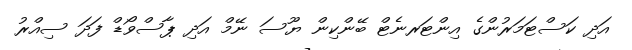
އަދި ކަސްޓަމަރުންގެ އިންޓަރނެޓް ބޭންކިން ޔޫސަ ނޭމް އަދި ޕާސްވޯޑް ފަދަ ސިއްރު